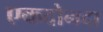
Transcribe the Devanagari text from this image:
एकदोनदा